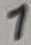
Text: 1